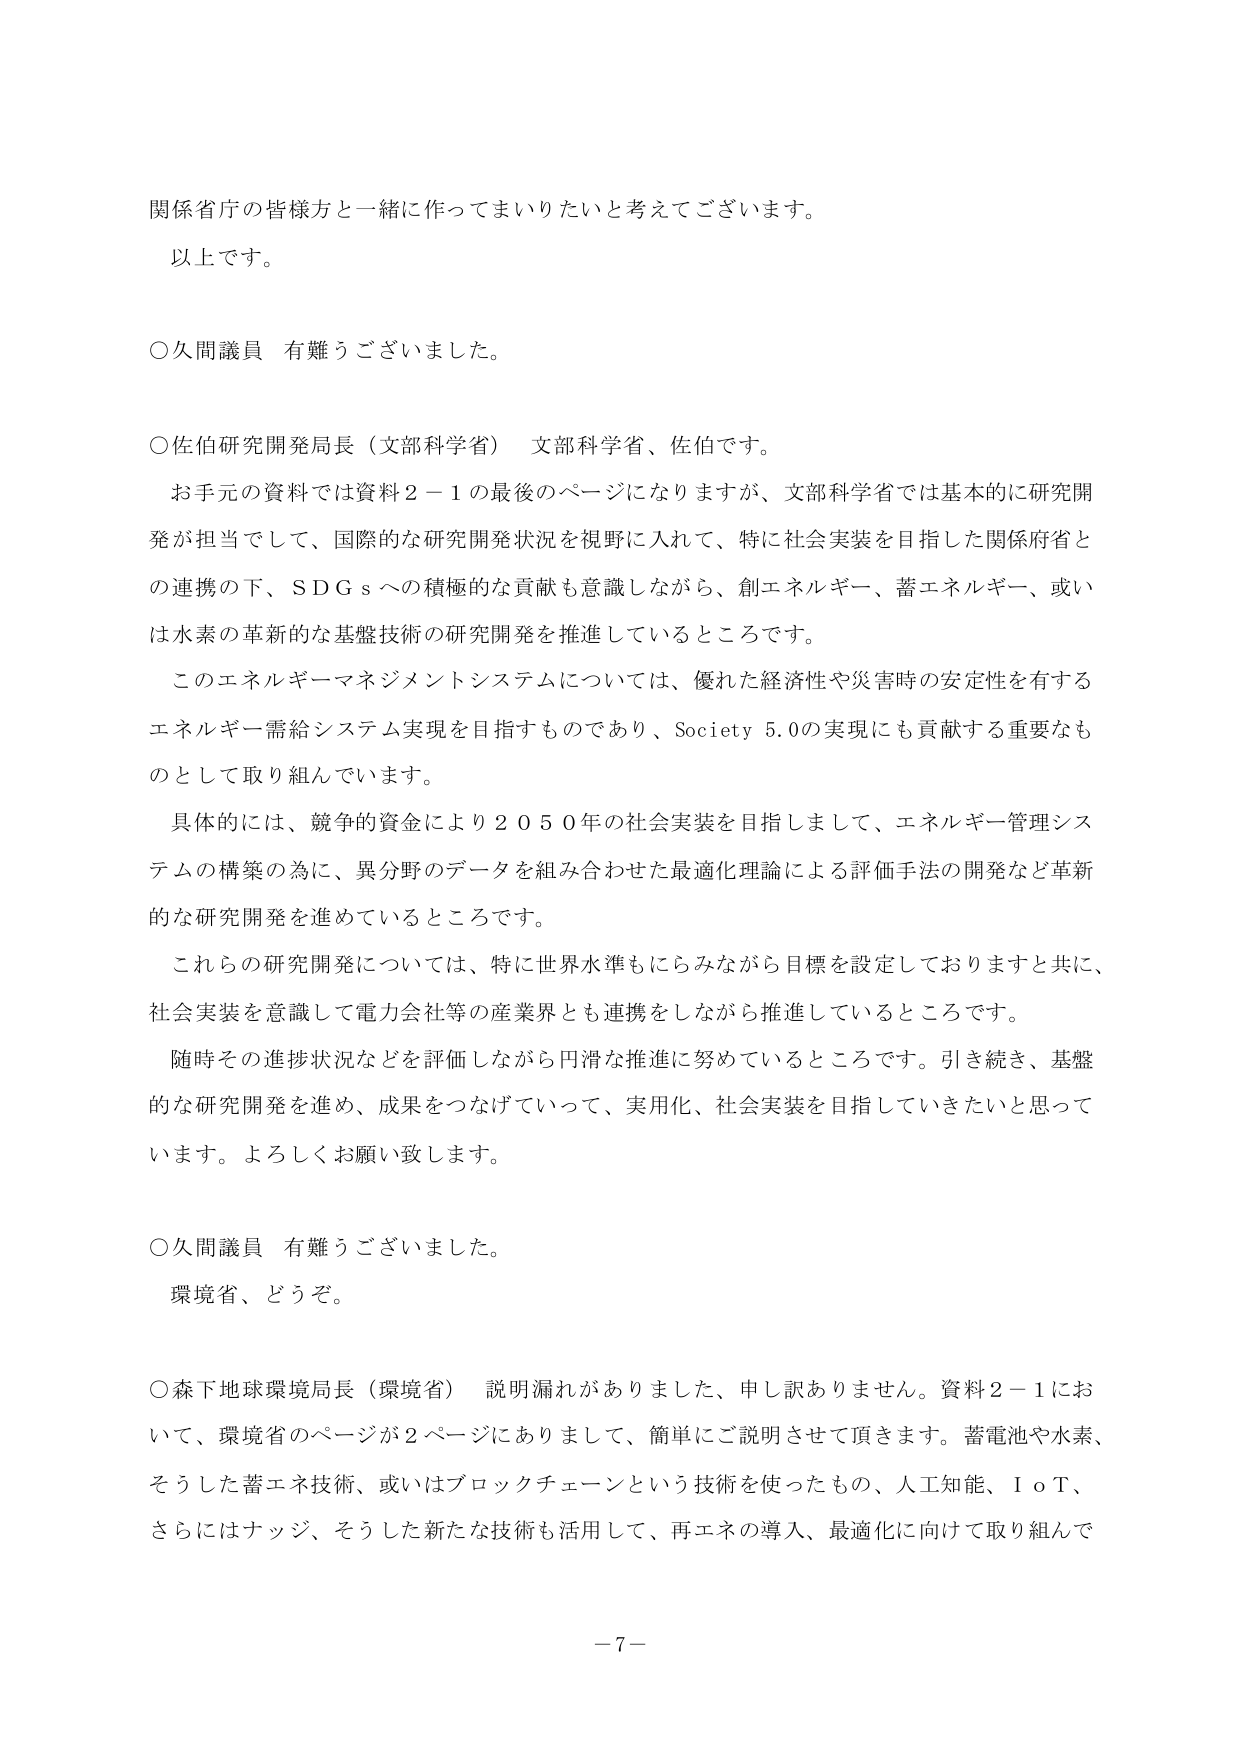
関係省庁の皆様方と一緒に作ってまいりたいと考えてございます。
以上です。

○久間議員 有難うございました。

○佐伯研究開発局長（文部科学省） 文部科学省、佐伯です。
　お手元の資料では資料２－１の最後のページになりますが、文部科学省では基本的に研究開発が担当をして、国際的な研究開発状況を視野に入れて、特に社会実装を目指した関係府省との連携の下、ＳＤＧｓへの積極的な貢献も意識しながら、創エネルギー、蓄エネルギー、或いは水素の革新的な基盤技術の研究開発を推進しているところです。
　このエネルギーマネジメントシステムについては、優れた経済性や災害時の安定性を有するエネルギー需給システム実現を目指すものであり、Society 5.0の実現にも貢献する重要なものとして取り組んでいます。
　具体的には、競争的資金により２０５０年の社会実装を目指しまして、エネルギー管理システムの構築の為に、異分野のデータを組み合わせた最適化理論による評価手法の開発など革新的な研究開発を進めているところです。
　これらの研究開発については、特に世界水準もにらみながら目標を設定しておりますと共に、社会実装を意識して電力会社等の産業界とも連携をしながら推進しているところです。
　随時その進捗状況などを評価しながら円滑な推進に努めているところです。引き続き、基盤的な研究開発を進め、成果をつなげていって、実用化、社会実装を目指していきたいと思ってい ます。よろしくお願い致します。

○久間議員 有難うございました。
　環境省、どうぞ。

○森下地球環境局長（環境省） 説明漏れがありました、申し訳ありません。資料２－１において、環境省のページが２ページにありまして、簡単にご説明させて頂きます。蓄電池や水素、そうした蓄エネ技術、或いはブロックチェーンという技術を使ったもの、人工知能、ＩｏＴ、さらにはナッジ、そうした新たな技術も活用して、再エネの導入、最適化に向けて取り組んで

－７－